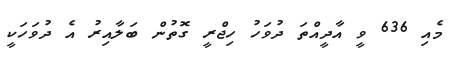
މެއި 636 ވީ އާދީއްތަ ދުވަހު ހިޖްރީ ގޮތުން ބަލާއިރު އެ ދުވަހަކީ